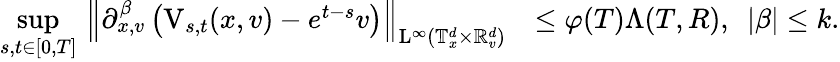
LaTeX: \begin{array}{rl}{\underset{s,t\in[0,T]}{\operatorname*{sup}}\, \left\Vert\partial_{x,v}^{\beta}\left(\mathrm{V}_{s,t}(x,v)-e^{t-s}v\right)\right\Vert_{\mathrm{L}^{\infty}(\mathbb T_{x}^{d}\times\mathbb R_{v}^{d})}}&{\leq\varphi(T)\Lambda(T,R),\ \ \vert\beta\vert\leq k.}\end{array}